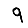
Digit: 9